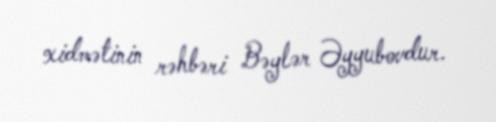
xidmətinin rəhbəri Bəylər Əyyubovdur.